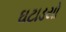
ઘટાડયો